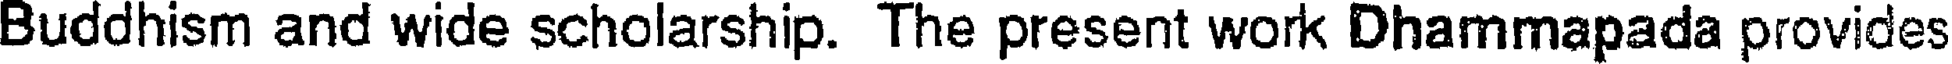
Buddhism and wide scholarship. The present work Dhammapada provides